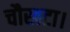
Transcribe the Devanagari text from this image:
चौखटा।